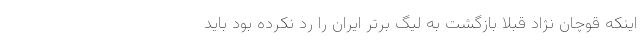
اینکه قوچان نژاد قبلا بازگشت به لیگ برتر ایران را رد نکرده بود باید